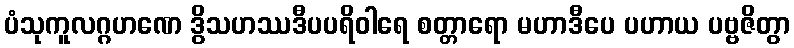
ပံသုကူလဂ္ဂဟဏေ ဒွိသဟဿဒီပပရိဝါရေ စတ္တာရော မဟာဒီပေ ပဟာယ ပဗ္ဗဇိတွာ